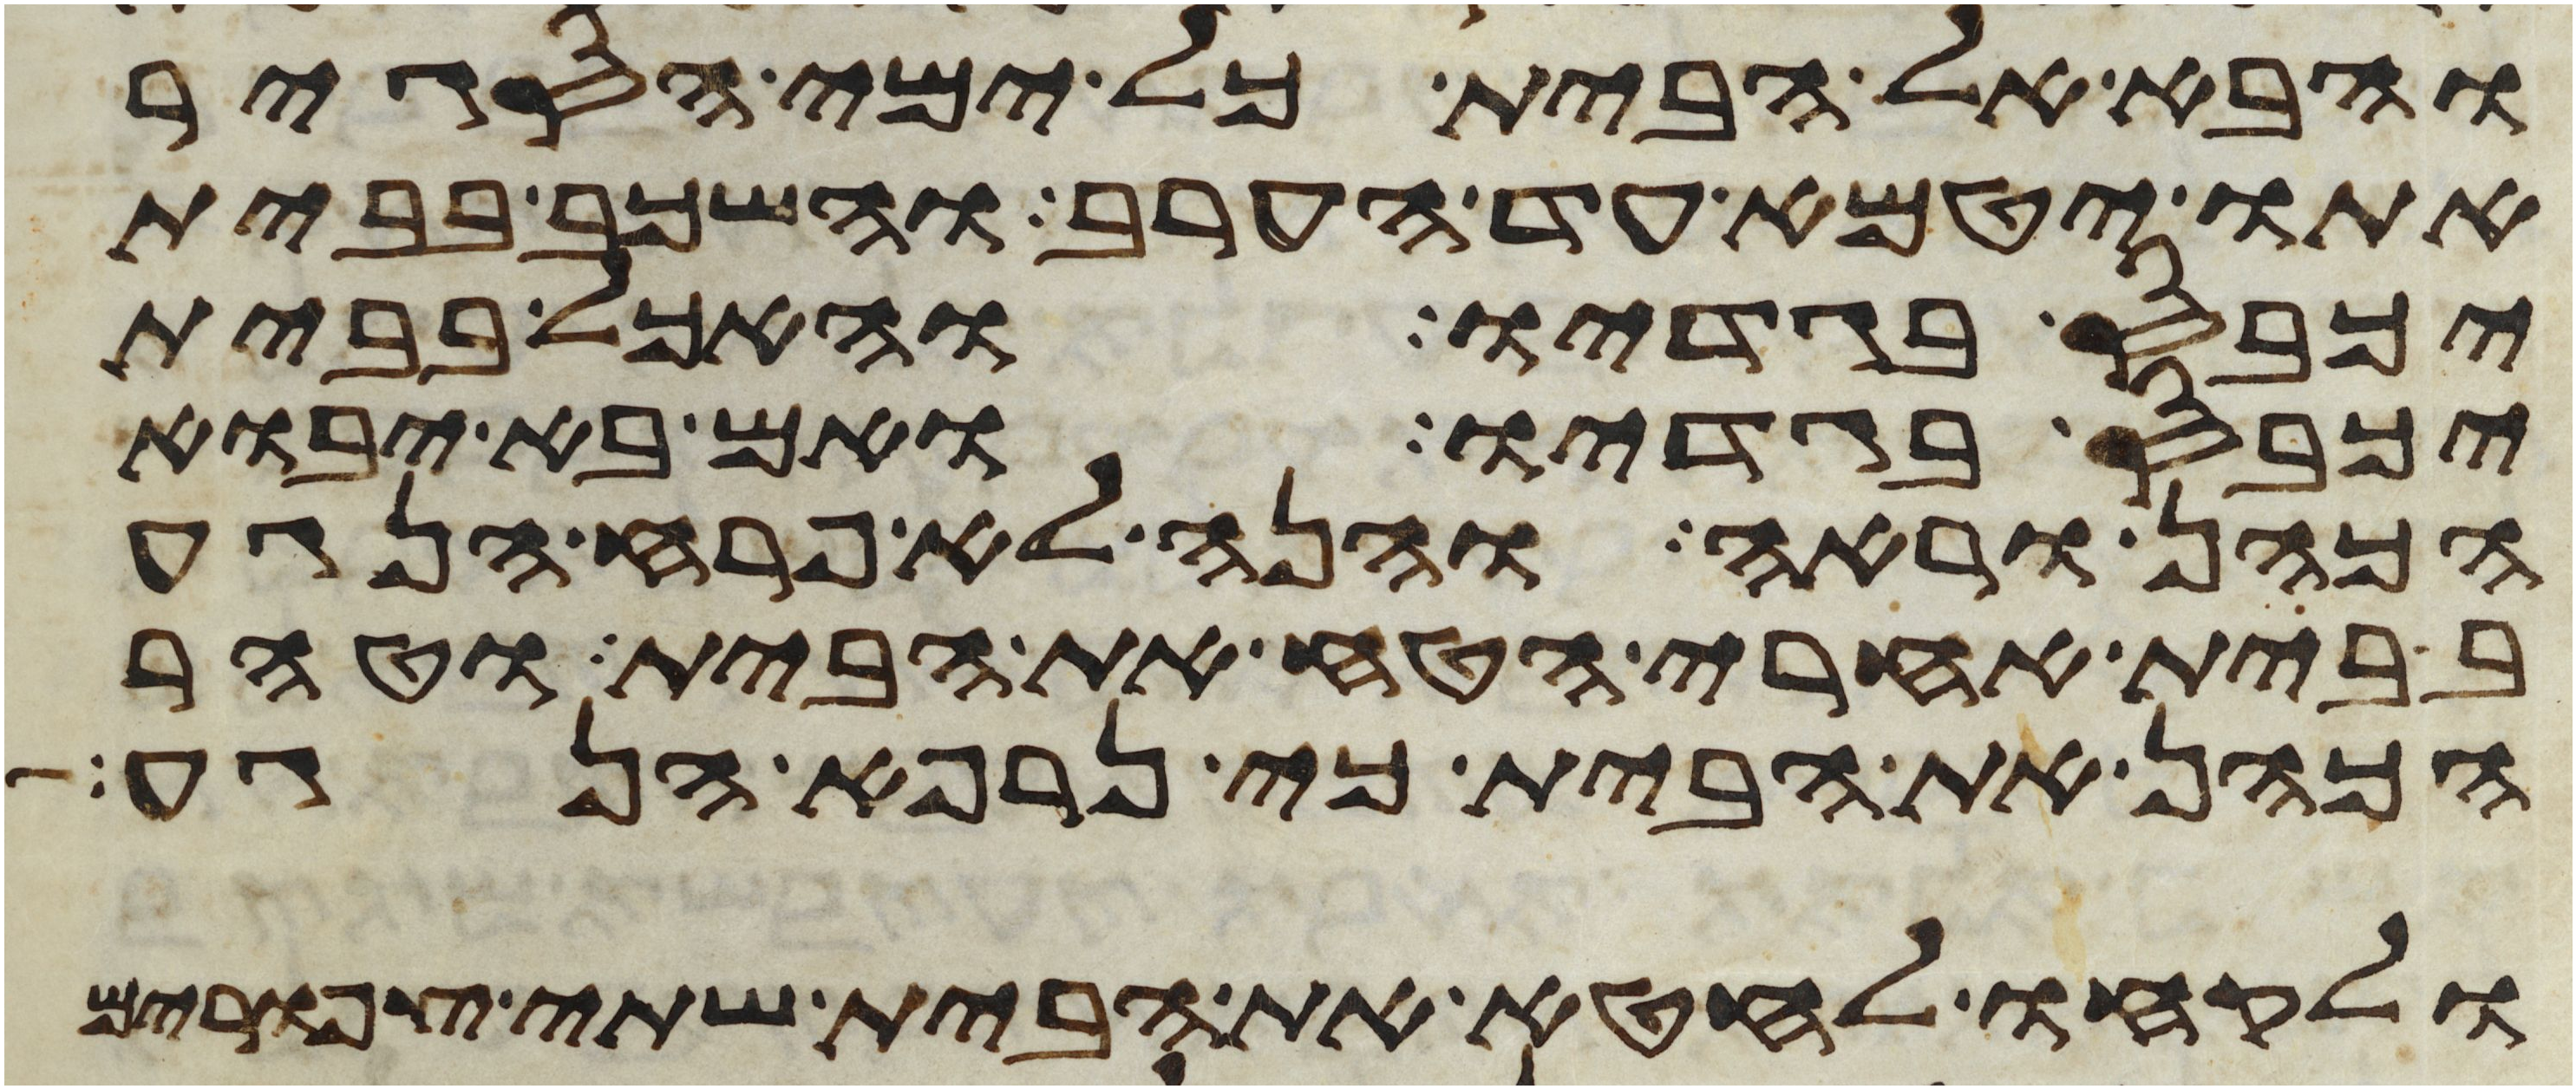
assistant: והבא אל הבית כל ימי הסגיר
אתו יטמא עד הערב והשכב בבית
יכבס בגדיו והאכל בבית
יכבס בגדיו ואם בא יבוא
הכהן וראה והנה לא פרח הנגע
בבית אחרי הטח את הבית וטהר
הכהן את הבית כי נרפא הנגע
ולקחו לחטא את הבית שתי צפורים